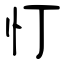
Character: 忊